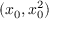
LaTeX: ( x _ { 0 } , x _ { 0 } ^ { 2 } )